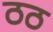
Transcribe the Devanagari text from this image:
ठठ